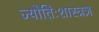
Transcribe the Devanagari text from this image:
ज्योतिःशास्त्रज्ञ